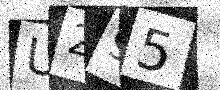
Text: U295